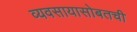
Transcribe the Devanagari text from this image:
व्यवसायासोबतची